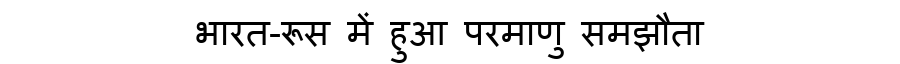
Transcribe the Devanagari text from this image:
भारत-रूस में हुआ परमाणु समझौता